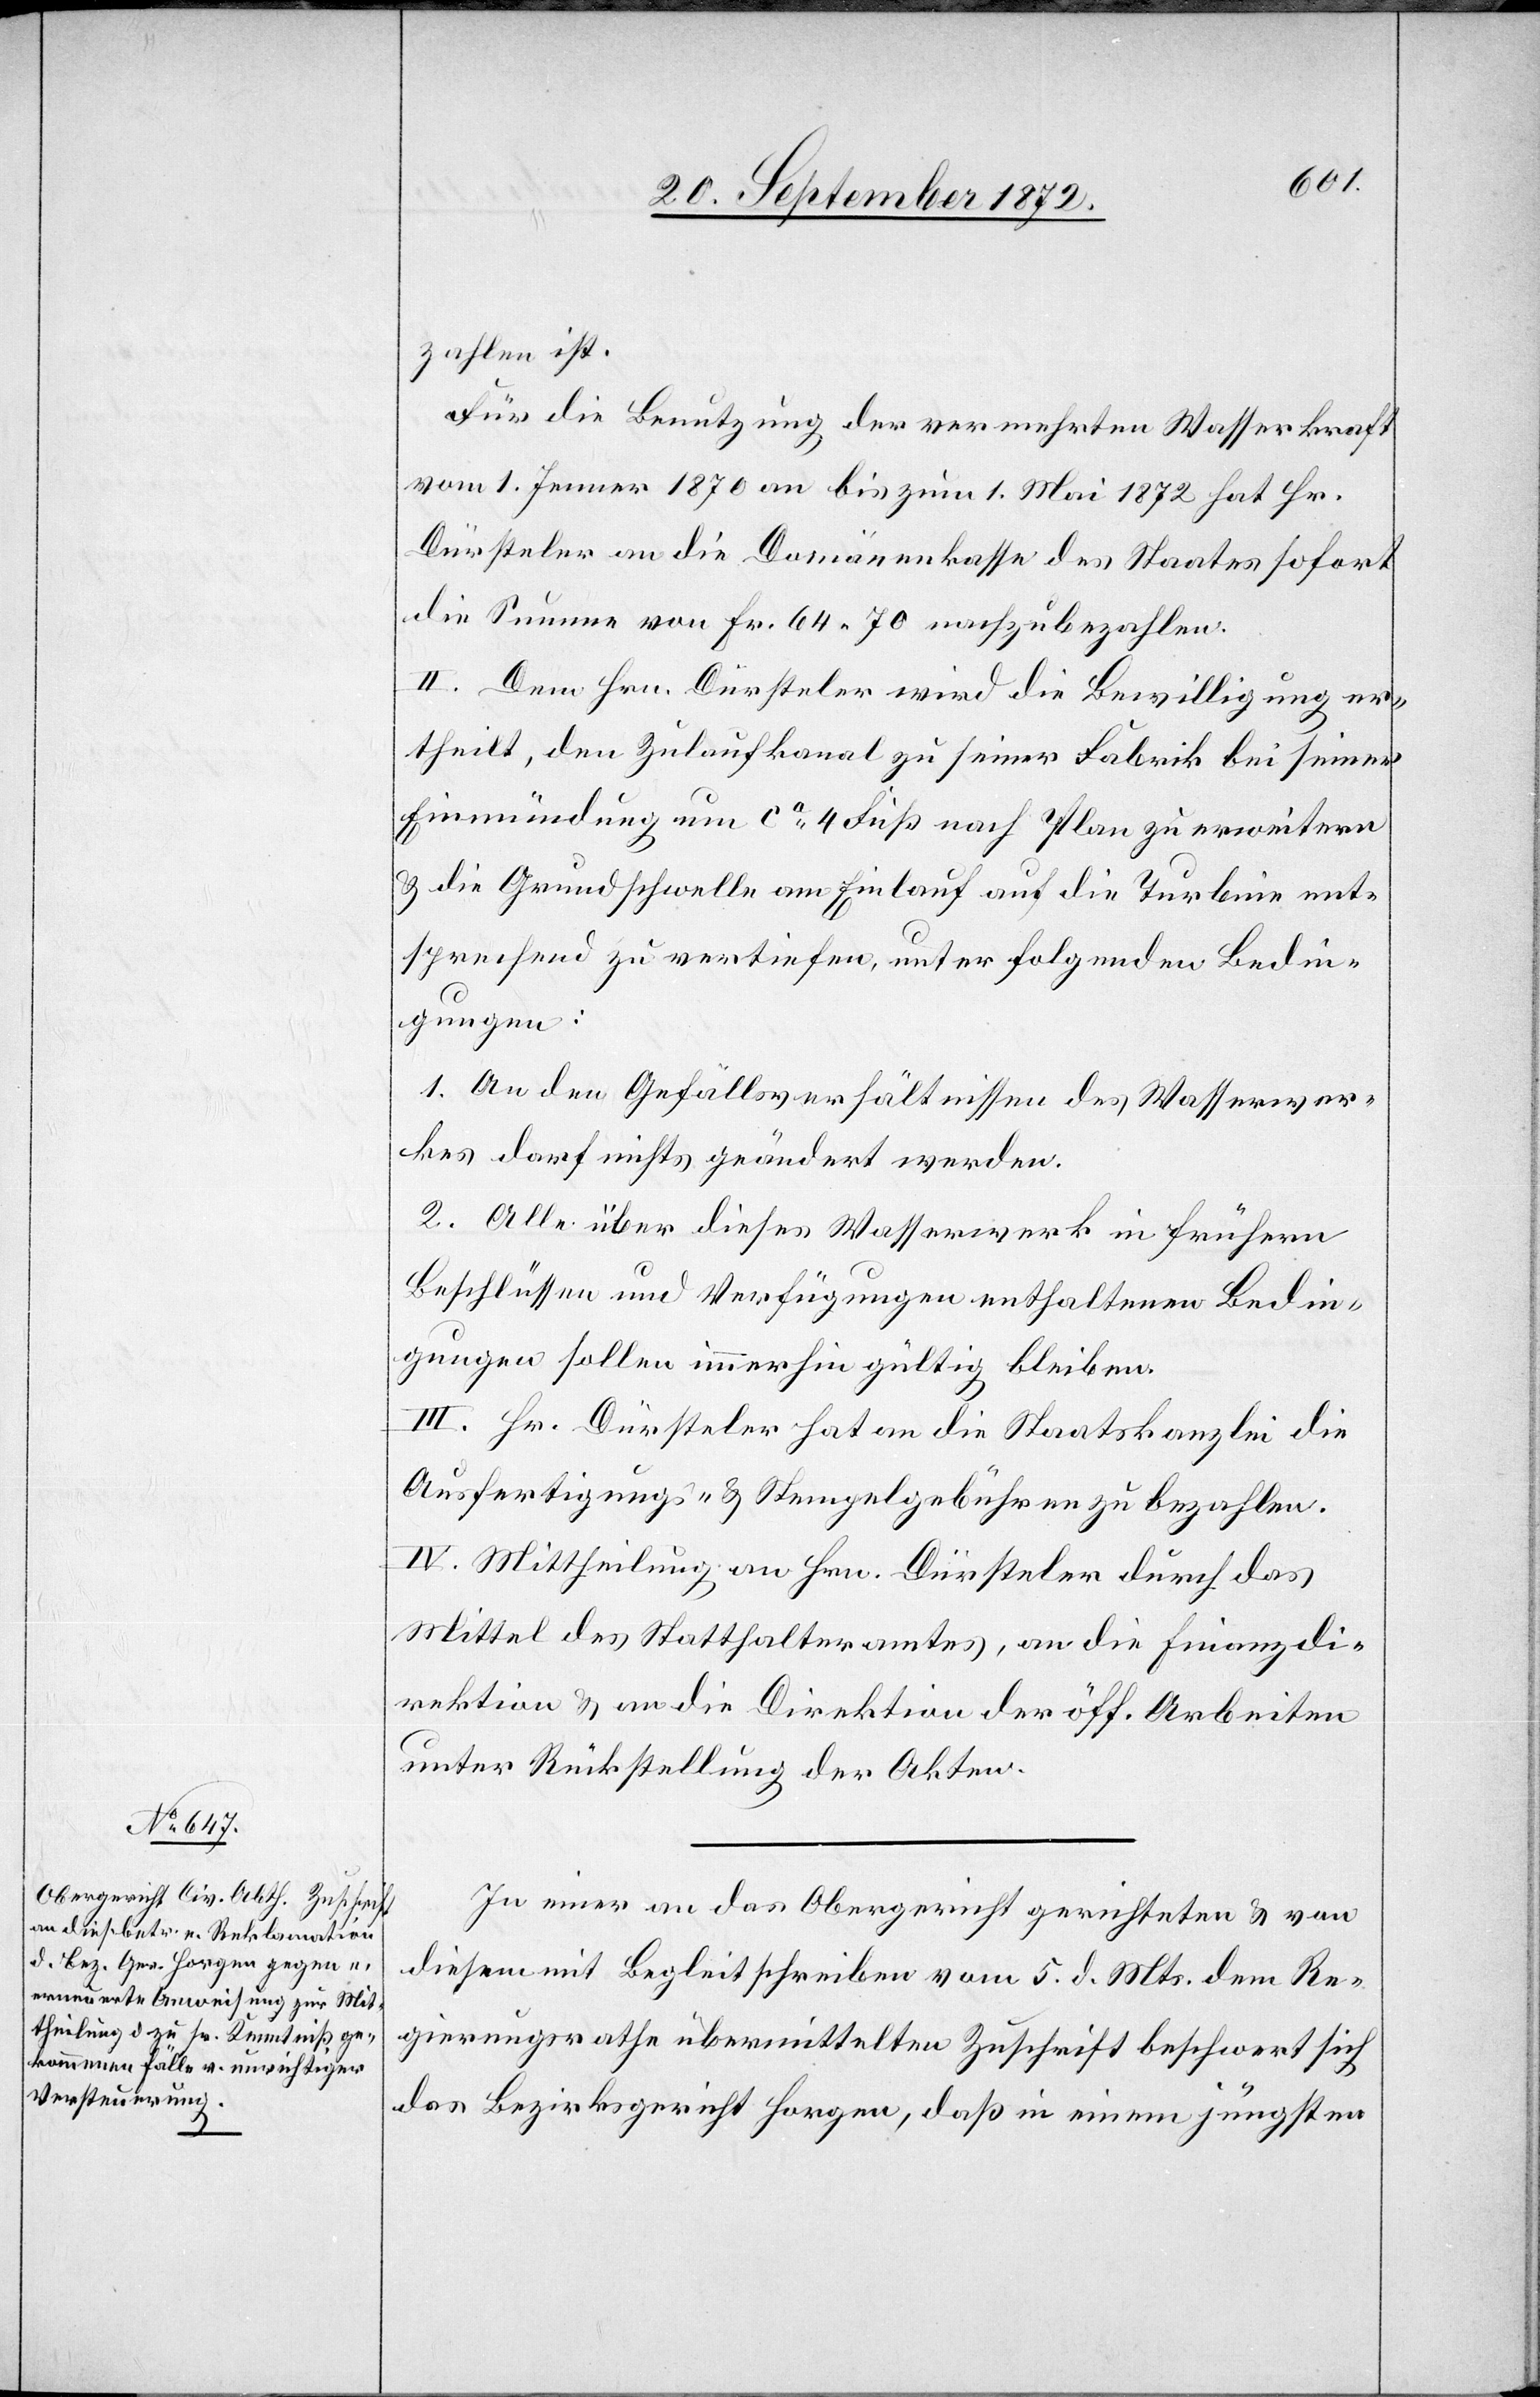
zahlen ist.
Für die Benutzung der vermehrten Wasserkraft
vom 1. Jenner 1870 an bis zum 1. Mai 1872 hat Hr.
Dürsteler an die Domänenasse des Staates sofort
die Summe von Fr. 64 70 nachzubezahlen.
II. Dem Hrn. Dürsteler wird die Bewilligung er¬
theilt, den Zulaufkanal zu seiner Fabrik bei seiner
Einmündung um ca 4 Fuß nach Plan zu erweitern
u. die Grundschwelle am Einlauf auf die Turbine ent¬
sprechend zu vertiefen, unter folgenden Bedin¬
gungen:
1. An den Gefällsverhältnissen des Wasserwer¬
kes darf nichts geändert werden.
2. Alle über dieses Wasserwerk in frühern
Beschlüssen und Verfügungen enthaltenen Bedin¬
gungen sollen immerhin gültig bleiben.
III. Hr. Dürsteler hat an die Staatskanzlei die
Ausfertigungs- u. Stempelgebühren zu bezahlen.
IV. Mittheilung an Hrn. Dürsteler durch das
Mittel des Statthalteramtes, an die Finanzdi¬
rektion u. an die Direktion der öff. Arbeiten
unter Rückstellung der Akten.
In einer an das Obergericht gerichteten u. von
diesem mit Begleitschreiben vom 5. d. Mts. dem Re¬
gierungsrathe übermittelten Zuschrift beschwert sich
das Bezirksgericht Horgen, daß in einem jüngsten